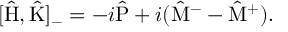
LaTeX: [ \hat { \mathrm { H } } , \hat { \mathrm { K } } ] _ { - } = - i \hat { \mathrm { P } } + i ( \hat { \mathrm { M } } ^ { - } - \hat { \mathrm { M } } ^ { + } ) .